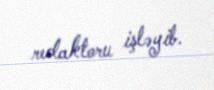
redaktoru işləyib.